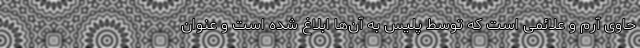
حاوی آرم و علائمی است که توسط پلیس به آن‌ها ابلاغ شده است و عنوان